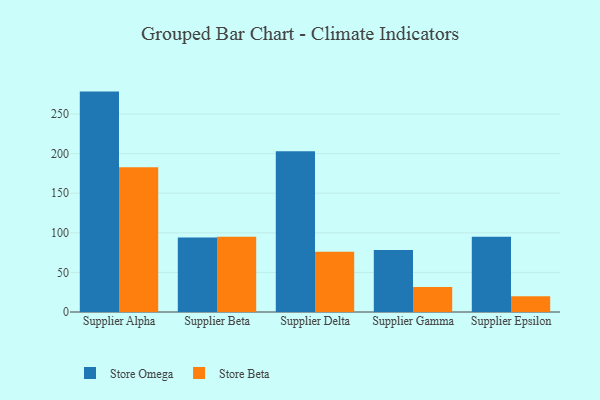
{"axis": {"x": "Supplier", "y": "Conversion Rate (%)"}, "legend": ["Store Beta", "Store Omega"], "data": [{"x": "Supplier Alpha", "y": 278.3, "type": "Store Omega"}, {"x": "Supplier Alpha", "y": 182.7, "type": "Store Beta"}, {"x": "Supplier Beta", "y": 94.2, "type": "Store Omega"}, {"x": "Supplier Beta", "y": 94.9, "type": "Store Beta"}, {"x": "Supplier Delta", "y": 202.9, "type": "Store Omega"}, {"x": "Supplier Delta", "y": 76.2, "type": "Store Beta"}, {"x": "Supplier Gamma", "y": 78.4, "type": "Store Omega"}, {"x": "Supplier Gamma", "y": 31.5, "type": "Store Beta"}, {"x": "Supplier Epsilon", "y": 95.1, "type": "Store Omega"}, {"x": "Supplier Epsilon", "y": 20.0, "type": "Store Beta"}]}